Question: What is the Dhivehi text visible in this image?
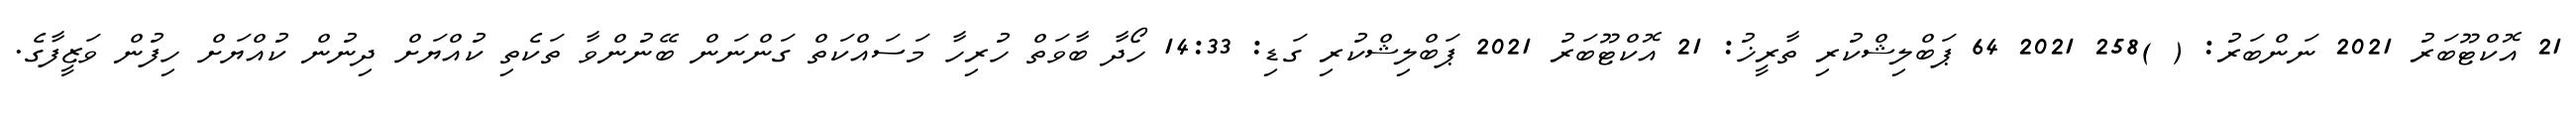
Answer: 21 އޮކްޓޫބަރު 2021 ނަންބަރު: ( )258 2021 64 ޕަބްލިޝްކުރި ތާރީޚު: 21 އޮކްޓޫބަރު 2021 ޕަބްލިޝްކުރި ގަޑި: 14:33 ހޯދާ ބާވަތް ހުރިހާ މަސައްކަތް ގަންނަން ބޭނުންވާ ތަކެތި ކުއްޔަށް ދިނުން ކުއްޔަށް ހިފުން ވަޒީފާގެ.